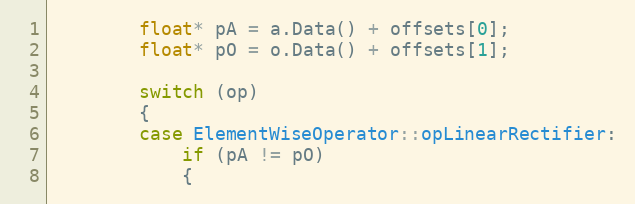
Language: C++
        float* pA = a.Data() + offsets[0];
        float* pO = o.Data() + offsets[1];

        switch (op)
        {
        case ElementWiseOperator::opLinearRectifier:
            if (pA != pO)
            {